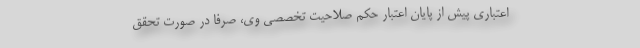
اعتباری پیش از پایان اعتبار حکم صلاحیت تخصصی وی، صرفاً در صورت تحقق